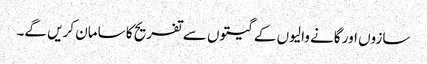
سازوں اور گانے والیوں کے گیتوں سے تفریح کا سامان کریں گے۔